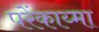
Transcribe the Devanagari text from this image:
परेंकाय्मा